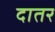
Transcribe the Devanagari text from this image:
दातर